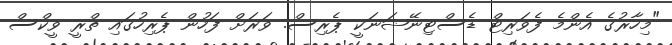
"މިހާރުގެ އެންމެ ފެވަރިޓް ޑެސްޓިނޭޝަނަކީ ޕެރިސް. ވަރަށް ފަހުން ޕެރިހުގައި ތްރީ ވީކްސް